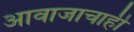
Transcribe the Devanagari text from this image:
आवाजाचाही